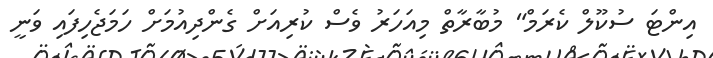
އިންޓަ ސުކޫލް ކެރަމް" މުބާރާތް މިއަހަރު ވެސް ކުރިއަށް ގެންދިއުމަށް ހަމަޖެހިފައި ވަނީ